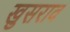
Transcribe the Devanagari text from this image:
खुसराव